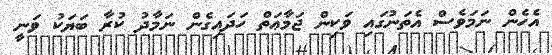
އެހެން ނަމަވެސް އެތަނުގައި ވަކިން ޖަމާޢަތް ހަދައިގެން ނަމާދު ކުރާ ބަޔަކު ވަނީ